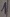
Text: 1